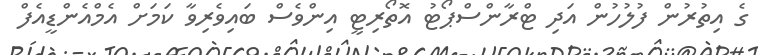
ގެ އިތުރުން ފުލުހުން އަދި ޓްރާންސްޕޯޓު އޮތޯރިޓީ އިންވެސް ބައިވެރިވާ ކަމަށް އެމްއެންޑީއެފް